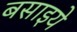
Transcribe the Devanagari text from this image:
बसाइये